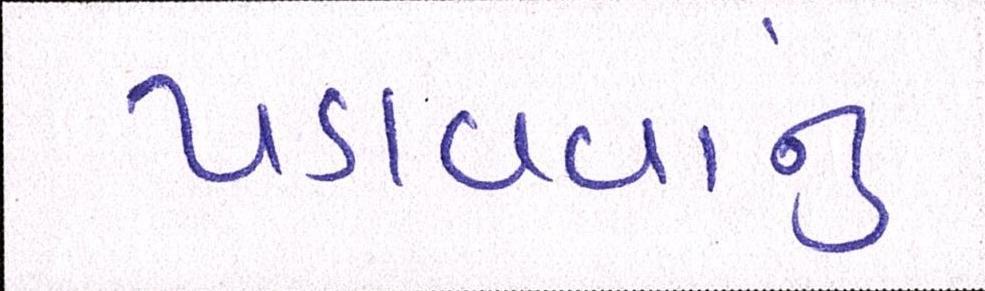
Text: પડાવવાનું